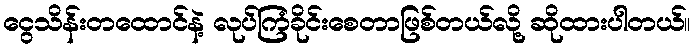
ငွေသိန်းတထောင်နဲ့ လုပ်ကြံခိုင်းစေတာဖြစ်တယ်လို့ ဆိုထားပါတယ်။